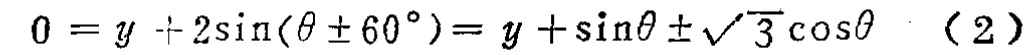
\(0 = y + 2\sin(\theta \pm 60^{\circ}) = y + \sin\theta \pm \sqrt{3}\cos\theta \quad (2)\)